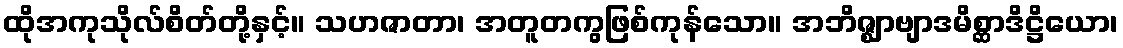
ထိုအကုသိုလ်စိတ်တို့နှင့်။ သဟဇာတာ၊ အတူတကွဖြစ်ကုန်သော။ အဘိဇ္ဈာဗျာဒမိစ္ဆာဒိဋ္ဌိယော၊